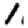
Digit: 1